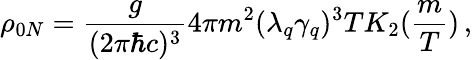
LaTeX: \rho_{0N}=\frac{g}{(2\pi\hbar c)^{3}}4\pi m^{2}(\lambda_{q}\gamma_{q})^{3}TK_{2}(\frac{m}{T})\, ,